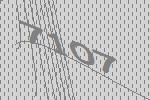
7107